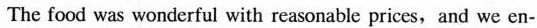
The food was wonderful with reasonable prices,and we en-